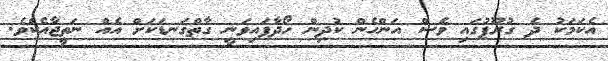
އެކަމަކު ދެ ގުރޫޕުގައި ވެސް އަންހެން ކުދިން ހޯދާފައިވަނީ ގާތްގަނޑަކަށް އެއް ނަތީޖާއެކެވެ.